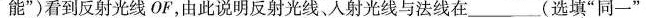
能”)看到反射光线OF，由此说明反射光线、入射光线与法线在___(选填“同一”